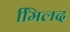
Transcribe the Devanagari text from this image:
मििलद